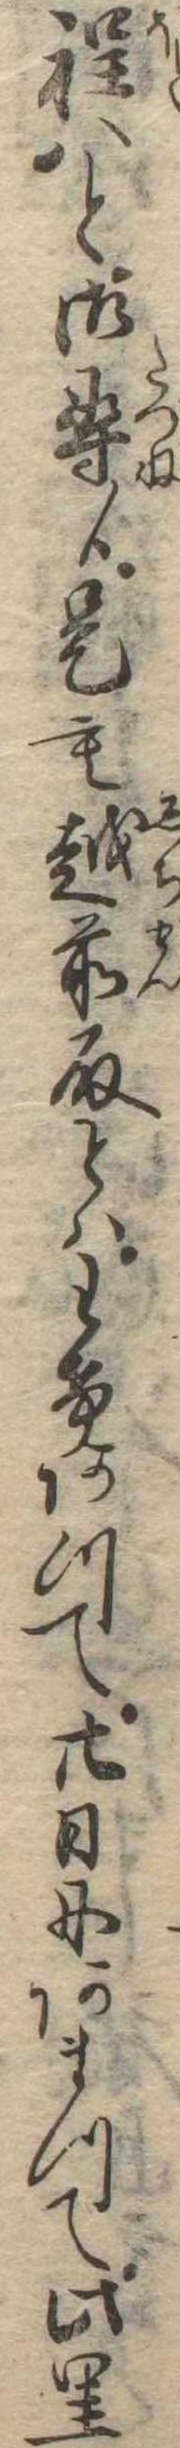
程はと御尋候是も越前殿とはわけあつて廿日にあまつて此里